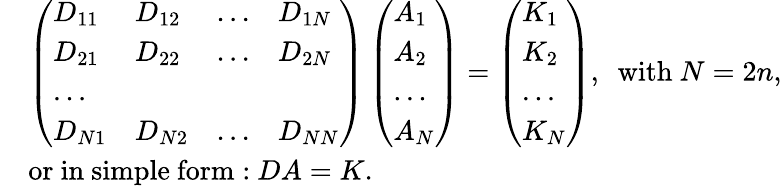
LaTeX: \begin{array}{rl}&{\left(\begin{array}{llll}{D_{11}}&{D_{12}}&{...}&{D_{1N}}\\ {D_{21}}&{D_{22}}&{...}&{D_{2N}}\\ {...}\\ {D_{N1}}&{D_{N2}}&{...}&{D_{NN}}\end{array}\right)\left(\begin{array}{l}{A_{1}}\\ {A_{2}}\\ {...}\\ {A_{N}}\end{array}\right)=\left(\begin{array}{l}{K_{1}}\\ {K_{2}}\\ {...}\\ {K_{N}}\end{array}\right),~~\mathrm{with}~N=2n,}\\ &{\mathrm{or~in~simple~form:}~DA=K.}\end{array}